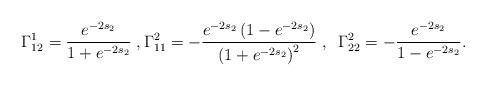
LaTeX: \begin{align*}\Gamma_{12}^1=\frac{e^{-2s_2}}{1+e^{-2s_2}}\;,\Gamma_{11}^2=-\frac{e^{-2s_2}\left(1-e^{-2s_2}\right)}{\left(1+e^{-2s_2}\right)^2}\;,\;\;\Gamma_{22}^2=-\frac{e^{-2s_2}}{1-e^{-2s_2}}.\end{align*}